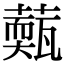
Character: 𦾳